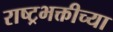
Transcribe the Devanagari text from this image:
राष्ट्रभक्तीच्या